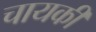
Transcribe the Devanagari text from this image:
चायकी